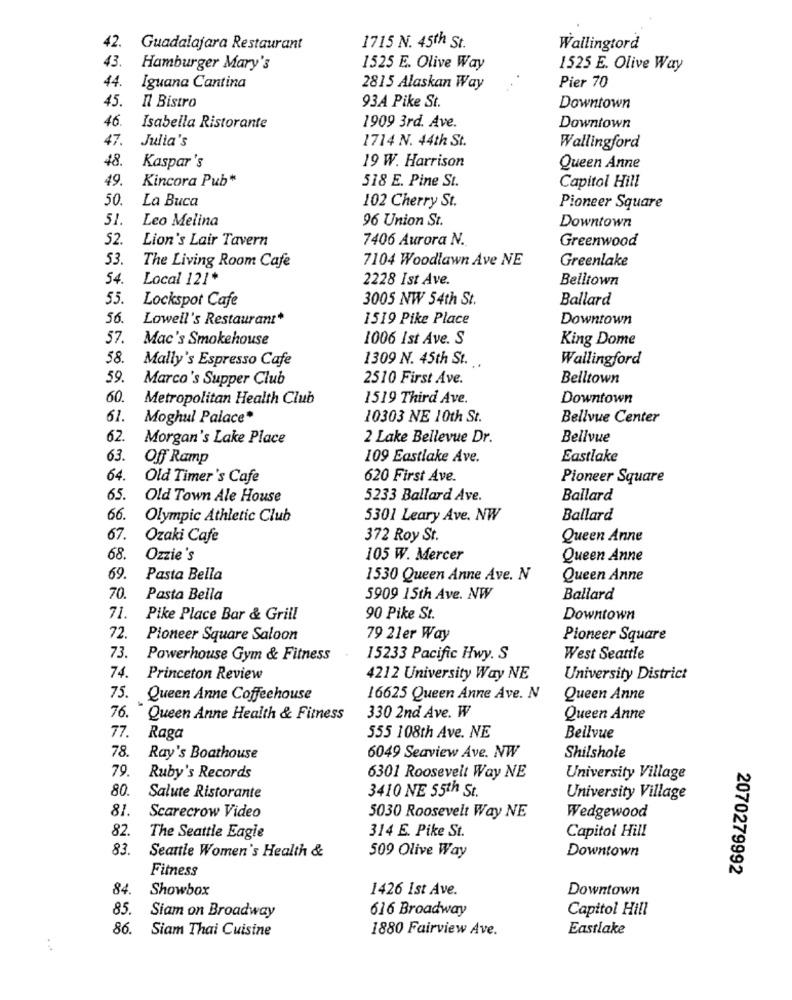
42.
Guadalajara Restaurant
1715 N. 45th St.
Wallingtord
43.
Hamburger Mary's
1525 E. Olive Way
1525 E. Olive Way
44.
Iguana Cantina
Pier 70
2815 Alaskan Way
45.
Il Bistro
93A Pike St.
Downtown
46.
Isabella Ristorante
1909 3rd. Ave.
Downtown
47.
Julia's
1714 N. 44th St.
Wallingford
48.
19 W. Harrison
Kaspar's
Queen Anne
49.
Kincora Pub*
518 E. Pine St.
Capitol Hill
50.
La Buca
102 Cherry St.
Pioneer Square
51.
Leo Melina
96 Union St.
Downtown
52.
Lion's Lair Tavern
7406 Aurora N.
Greenwood
53.
7104 Woodlawn Ave NE
Greenlake
The Living Room Cafe
54.
Local 121*
2228 Ist Ave.
Belltown
55.
3005 NW 54th St.
Ballard
Lockspot Cafe
56.
Lowell's Restaurant*
1519 Pike Place
Downtown
57.
Mac's Smokehouse
1006 Ist Ave. S
King Dome
58.
Mally's Espresso Cafe
1309 N. 45th St. ..
Wallingford
59.
Marco's Supper Club
2510 First Ave.
Belltown
60.
Metropolitan Health Club
1519 Third Ave.
Downtown
61.
Moghul Palace*
10303 NE 10th St.
Bellvue Center
62.
Morgan's Lake Place
2 Lake Bellevue Dr.
Bellvue
63.
Off Ramp
109 Eastlake Ave.
Eastlake
64.
Old Timer's Cafe
620 First Ave.
Pioneer Square
65.
Old Town Ale House
5233 Ballard Ave.
Ballard
66.
Olympic Athletic Club
5301 Leary Ave. NW
Ballard
67.
Ozaki Cafe
372 Roy St.
Queen Anne
68.
Ozzie's
105 W. Mercer
Queen Anne
69.
Pasta Bella
1530 Queen Anne Ave. N
Queen Anne
70.
Pasta Bella
5909 15th Ave. NW
Ballard
71. Pike Place Bar & Grill
90 Pike St.
Downtown
72. Pioneer Square Saloon
79 21er Way
Pioneer Square
73. Powerhouse Gym & Fitness
15233 Pacific Hwy. S
West Seattle
74.
Princeton Review
4212 University Way NE
University District
75. Queen Anne Coffeehouse
16625 Queen Anne Ave. N
Queen Anne
76.
Queen Anne Health & Fitness
330 2nd Ave. W
Queen Anne
77.
Raga
555 108th Ave. NE
Beilvue
78.
Ray's Boathouse
6049 Seaview Ave. NW
Shilshole
79.
Ruby's Records
6301 Roosevelt Way NE
University Village
80.
3410 NE 55th St.
Salute Ristorante
University Village
81.
Scarecrow Video
5030 Roosevelt Way NE
Wedgewood
82.
314 E. Pike St.
The Seattle Eagle
Capitol Hill
83.
Seattle Women's Health &
Downtown
509 Olive Way
Fitness
2070279992
84.
Showbox
1426 1st Ave.
Downtown
616 Broadway
Capitol Hill
85. Siam on Broadway
86.
Siam Thai Cuisine
1880 Fairview Ave.
Eastlake
. ..